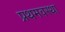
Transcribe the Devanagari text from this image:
प्रथमवस्था